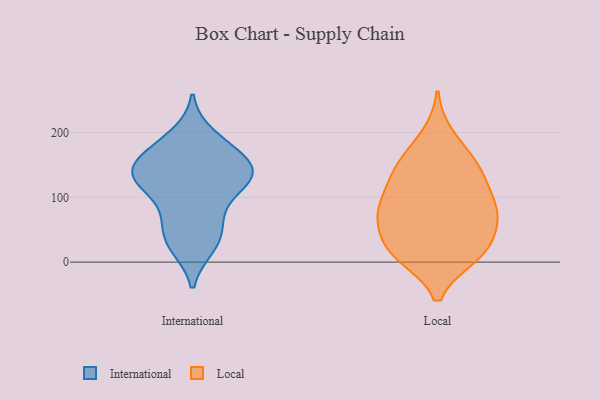
{"axis": {"x": "Demand Index", "y": "Value"}, "legend": ["International", "Local"], "data": [{"x": "", "y": 124, "type": "International"}, {"x": "", "y": 25, "type": "International"}, {"x": "", "y": 195, "type": "International"}, {"x": "", "y": 24, "type": "International"}, {"x": "", "y": 131, "type": "International"}, {"x": "", "y": 91, "type": "International"}, {"x": "", "y": 182, "type": "International"}, {"x": "", "y": 154, "type": "International"}, {"x": "", "y": 133, "type": "International"}, {"x": "", "y": 38, "type": "International"}, {"x": "", "y": 174, "type": "International"}, {"x": "", "y": 130, "type": "International"}, {"x": "", "y": 66, "type": "International"}, {"x": "", "y": 125, "type": "International"}, {"x": "", "y": 60, "type": "International"}, {"x": "", "y": 153, "type": "International"}, {"x": "", "y": 152, "type": "International"}, {"x": "", "y": 129, "type": "International"}, {"x": "", "y": 75, "type": "Local"}, {"x": "", "y": 120, "type": "Local"}, {"x": "", "y": 71, "type": "Local"}, {"x": "", "y": 14, "type": "Local"}, {"x": "", "y": 71, "type": "Local"}, {"x": "", "y": 148, "type": "Local"}, {"x": "", "y": 148, "type": "Local"}, {"x": "", "y": 10, "type": "Local"}, {"x": "", "y": 123, "type": "Local"}, {"x": "", "y": 158, "type": "Local"}, {"x": "", "y": 28, "type": "Local"}, {"x": "", "y": 194, "type": "Local"}, {"x": "", "y": 12, "type": "Local"}, {"x": "", "y": 85, "type": "Local"}, {"x": "", "y": 59, "type": "Local"}, {"x": "", "y": 89, "type": "Local"}, {"x": "", "y": 17, "type": "Local"}]}